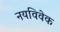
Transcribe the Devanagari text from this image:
नयविवेक